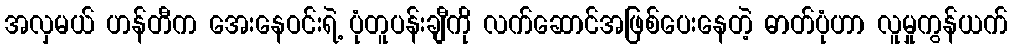
အလှမယ် ဟန်တီက အေးနေဝင်းရဲ့ ပုံတူပန်းချီကို လက်ဆောင်အဖြစ်ပေးနေတဲ့ ဓာတ်ပုံဟာ လူမှုကွန်ယက်